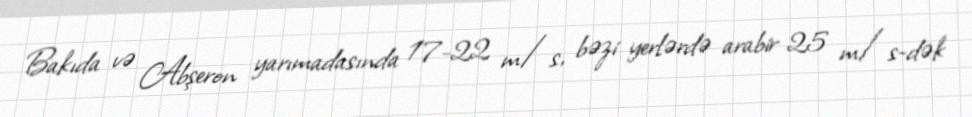
Bakıda və Abşeron yarımadasında 17-22 m/s, bəzi yerlərdə arabir 25 m/s-dək